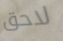
لاحق